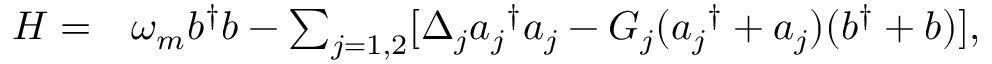
\begin{array} { r l } { H = } & { { } \omega _ { m } b ^ { \dagger } b - \sum _ { j = 1 , 2 } [ \Delta _ { j } { a _ { j } } ^ { \dagger } a _ { j } - G _ { j } ( { a _ { j } } ^ { \dagger } + a _ { j } ) ( b ^ { \dagger } + b ) ] , } \end{array}